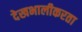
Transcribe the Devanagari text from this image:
देखभालीकरता